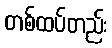
တစ်ထပ်တည်း